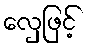
လှေဖြင့်